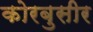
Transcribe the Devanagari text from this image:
कोरबुसीर